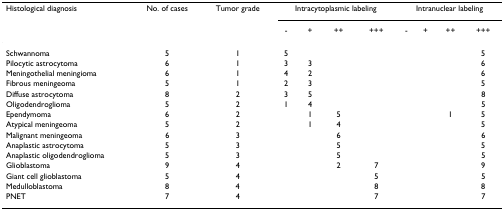
| Histological diagnosis | No. of cases | Tumor grade | <COLSPAN=4> Intracytoplasmic labeling | <COLSPAN=4> Intranuclear labeling |
 |  |  |  | - | + | ++ | +++ | - | + | ++ | +++ |
 | --- | --- | --- | --- | --- | --- | --- | --- | --- | --- | --- |
 | Schwannoma | 5 | 1 | 5 |  |  |  |  |  |  | 5 |
 | Pilocytic astrocytoma | 6 | 1 | 3 | 3 |  |  |  |  |  | 6 |
 | Meningothelial meningioma | 6 | 1 | 4 | 2 |  |  |  |  |  | 6 |
 | Fibrous meningeoma | 5 | 1 | 2 | 3 |  |  |  |  |  | 5 |
 | Diffuse astrocytoma | 8 | 2 | 3 | 5 |  |  |  |  |  | 8 |
 | Oligodendroglioma | 5 | 2 | 1 | 4 |  |  |  |  |  | 5 |
 | Ependymoma | 6 | 2 |  | 1 | 5 |  |  |  | 1 | 5 |
 | Atypical meningeoma | 5 | 2 |  | 1 | 4 |  |  |  |  | 5 |
 | Malignant meningeoma | 6 | 3 |  |  | 6 |  |  |  |  | 6 |
 | Anaplastic astrocytoma | 5 | 3 |  |  | 5 |  |  |  |  | 5 |
 | Anaplastic oligodendroglioma | 5 | 3 |  |  | 5 |  |  |  |  | 5 |
 | Glioblastoma | 9 | 4 |  |  | 2 | 7 |  |  |  | 9 |
 | Giant cell glioblastoma | 5 | 4 |  |  |  | 5 |  |  |  | 5 |
 | Medulloblastoma | 8 | 4 |  |  |  | 8 |  |  |  | 8 |
 | PNET | 7 | 4 |  |  |  | 7 |  |  |  | 7 |